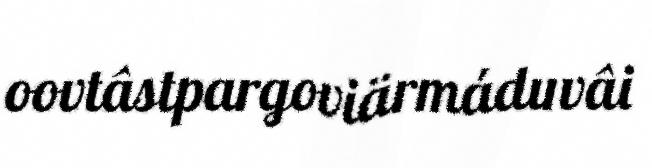
oovtâstpargoviärmáduvâi